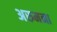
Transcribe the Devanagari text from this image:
अरुमना